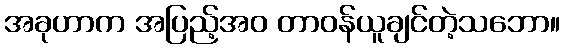
အခုဟာက အပြည့်အဝ တာဝန်ယူချင်တဲ့သဘော။